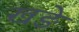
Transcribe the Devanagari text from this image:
खङे